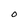
Character: O